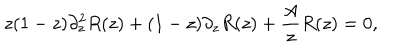
z ( 1 - z ) \partial _ { z } ^ { 2 } R ( z ) + ( 1 - z ) \partial _ { z } R ( z ) + \frac { A } { z } R ( z ) = 0 ,